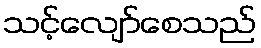
သင့်လျော်စေသည်